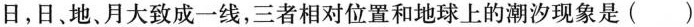
日，日、地、月大致成一线，三者相对位置和地球上的潮汐现象是( )